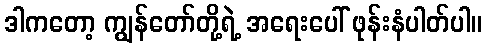
ဒါကတော့ ကျွန်တော်တို့ရဲ့ အရေးပေါ် ဖုန်းနံပါတ်ပါ။